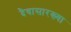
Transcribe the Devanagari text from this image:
दैवासारख्या